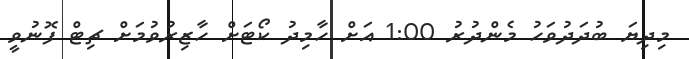
މިދިޔަ ބުދަދުވަހު މެންދުރު 1:00 އަށް ހާމިދު ކޯޓަށް ހާޒިރުވުމަށް ޗިޓް ފޮނުވީ